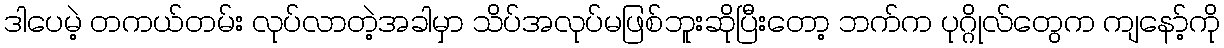
ဒါပေမဲ့ တကယ်တမ်း လုပ်လာတဲ့အခါမှာ သိပ်အလုပ်မဖြစ်ဘူးဆိုပြီးတော့ ဘက်က ပုဂ္ဂိုလ်တွေက ကျနော့်ကို